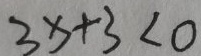
3 x + 3 < 0